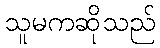
သူမကဆိုသည်